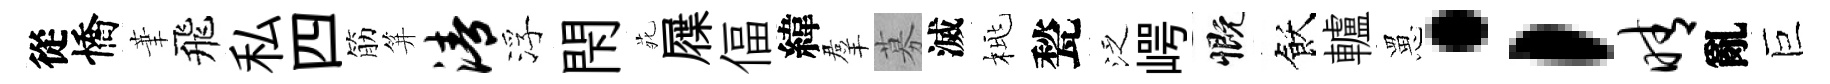
從憍茟飛私四筋笄清浮閇𫟍屧偪緯羣募滅桃甃泛崿慨飫轤罳；晴亂巨